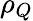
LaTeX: \rho_{Q}